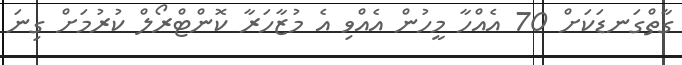
ގާތްގަނޑަކަށް 70 އެއްހާ މީހުން އެއްވި އެ މުޒާހަރާ ކޮންޓްރޯލް ކުރުމަށް ގިނަ